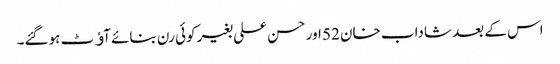
اس کے بعد شاداب خان 52 اور حسن علی بغیر کوئی رن بنائے آﺅٹ ہوگئے۔